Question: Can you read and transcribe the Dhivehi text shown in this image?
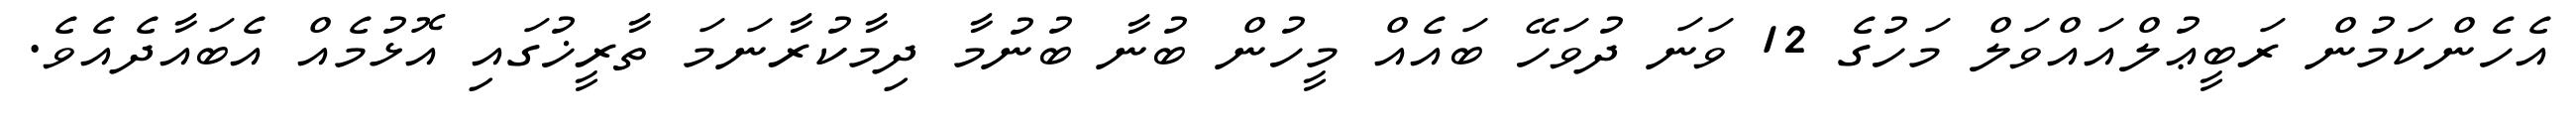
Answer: އެހެންކަމުން ރަބީޢުލްއައްވަލް މަހުގެ 12 ވަނަ ދުވަހޭ ބައެއް މީހުން ބުނާ ބުނުމާ ދިމާކުރާނަމަ ތާރީޚުގައި އޮޅުމެއް އެބައާދެއެވެ.